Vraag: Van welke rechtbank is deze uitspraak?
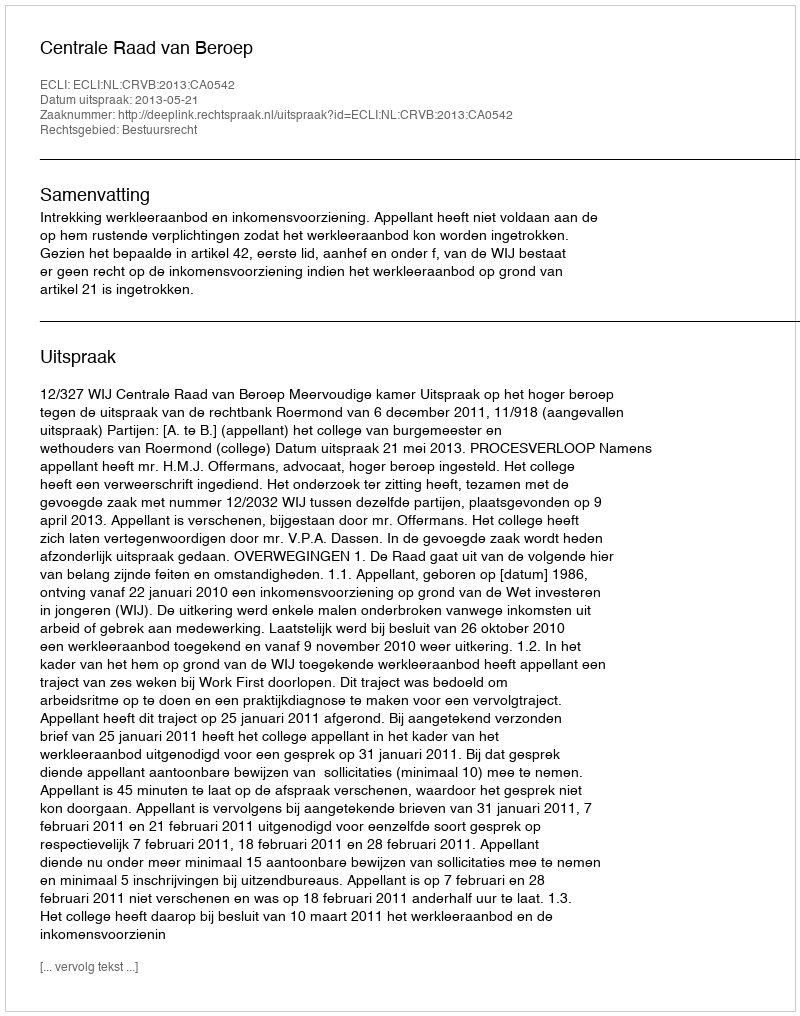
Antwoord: Centrale Raad van Beroep